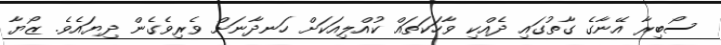
ސޯބިރާ އޭނާގެ ގާތުގައި ދެއްކި ވާހަކަތައް ކުއްލިއަކަށް ހަނދާނަށް ވެރިވެގެން ދިޔައެވެ. ޒޯޔާ